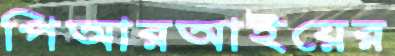
পিআরআইয়ের